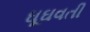
ઘૂઘવતી